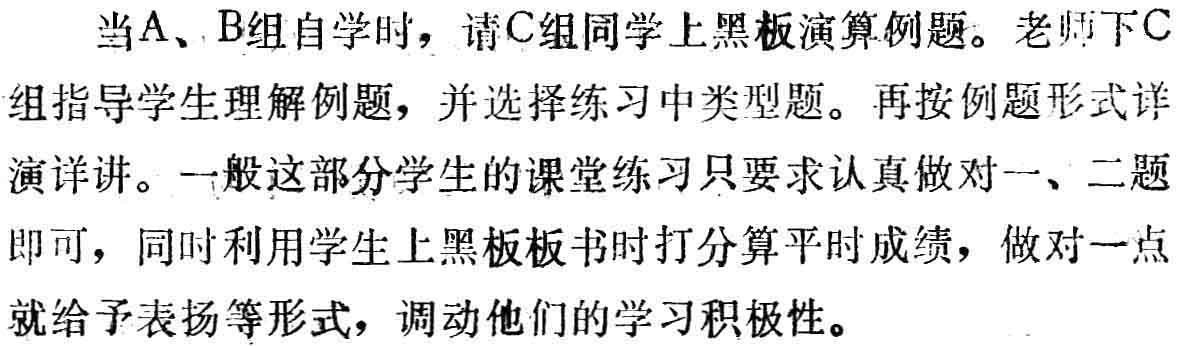
当A、B组自学时，请C组同学上黑板演算例题。老师下C组指导学生理解例题，并选择练习中类型题。再按例题形式详演详讲。一般这部分学生的课堂练习只要求认真做对一、二题即可，同时利用学生上黑板板书时打分算平时成绩，做对一点就给予表扬等形式，调动他们的学习积极性。